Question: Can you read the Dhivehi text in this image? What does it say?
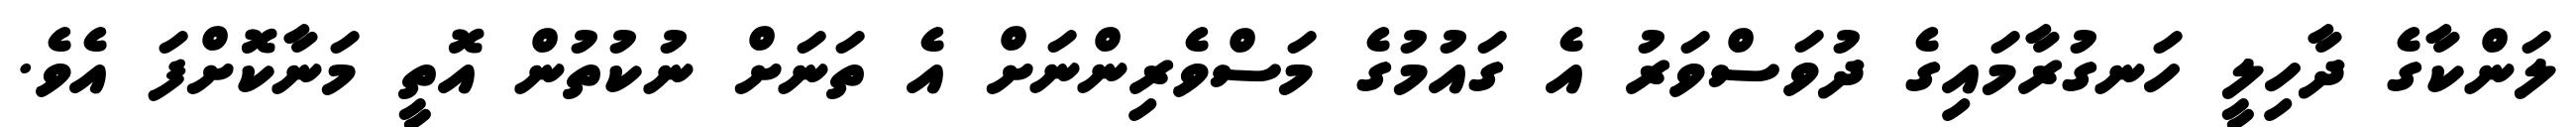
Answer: ލަންކާގެ ދާހިލީ ހަނގުރާމައިގެ ދުވަސްވަރު އެ ގައުމުގެ މަސްވެރިންނަށް އެ ތަނަށް ނުކުތުން އޮތީ މަނާކޮށްފަ އެވެ.